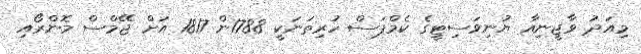
މިއަދު ވާޖީނިއާ ޔުނިވަސިޓީގެ ކެމްޕަސް ހުރިތަނަކީ 1788ން 1817 އަށް ޖޭމްސް މޮންރޯއި